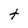
Character: t